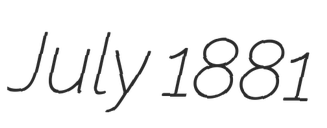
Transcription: July 1881